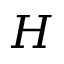
{ \cal H }